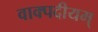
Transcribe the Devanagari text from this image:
वाक्पदीयम्‌